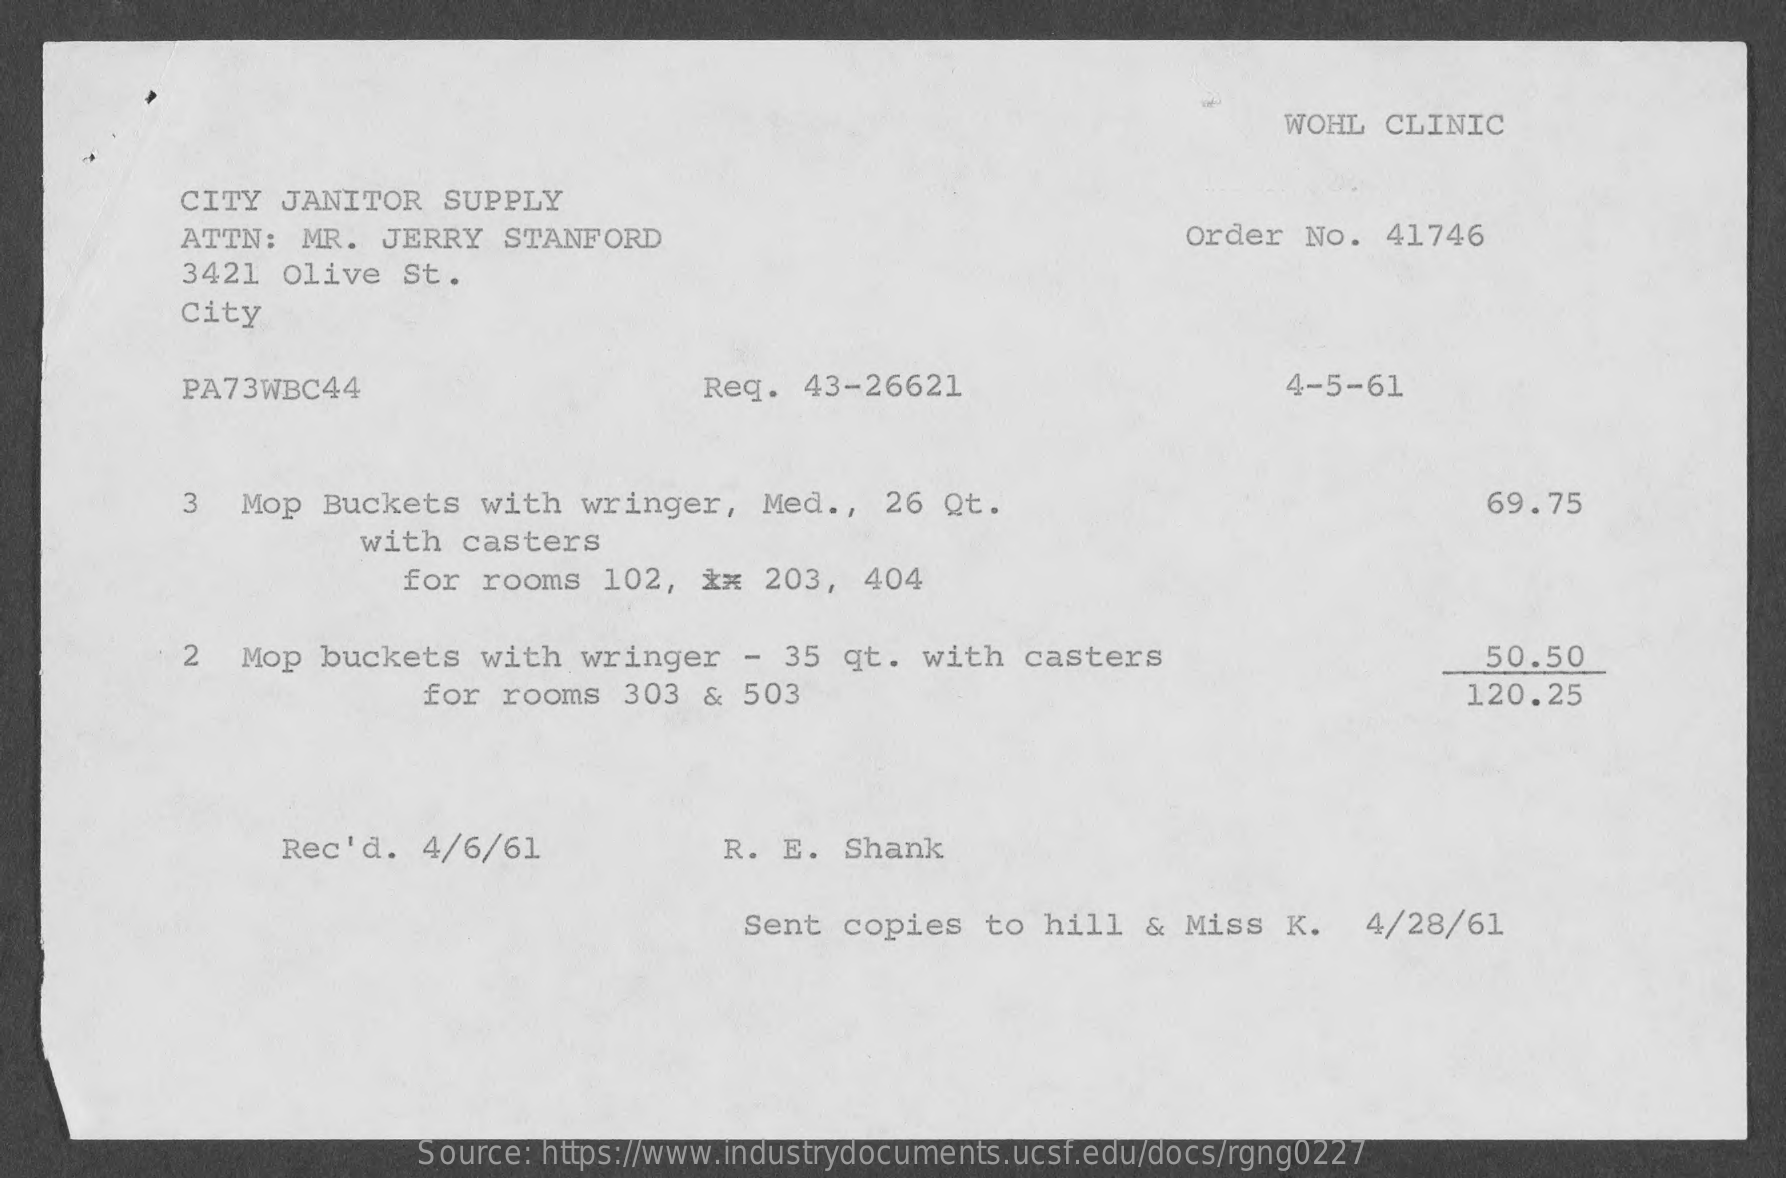
WOHL  CLINIC
     CITY JANITOR    SUPPLY
     ATTN:  MR.  JERRY  STANFORD    Order  No.  41746
     3421  olive  St.
     City
     PA73WBC44    Req.  43-26621    4-5-61
     3  Mop  Buckets   with  wringer,   Med  ., 26  Qt.    69.75
     with  casters
     for  rooms   102,  **  203,  404
     2  Mop  buckets   with  wringer    - 35  qt.  with  casters    50.50
     for rooms   303  & 503    120.25
     Rec'd.  4/6/61    R.  E.  Shank
     Sent copies   to  hill  &  Miss  K.   4/28/61
     Source: https://www.industrydocuments.ucsf.edu/docs/rgng0227